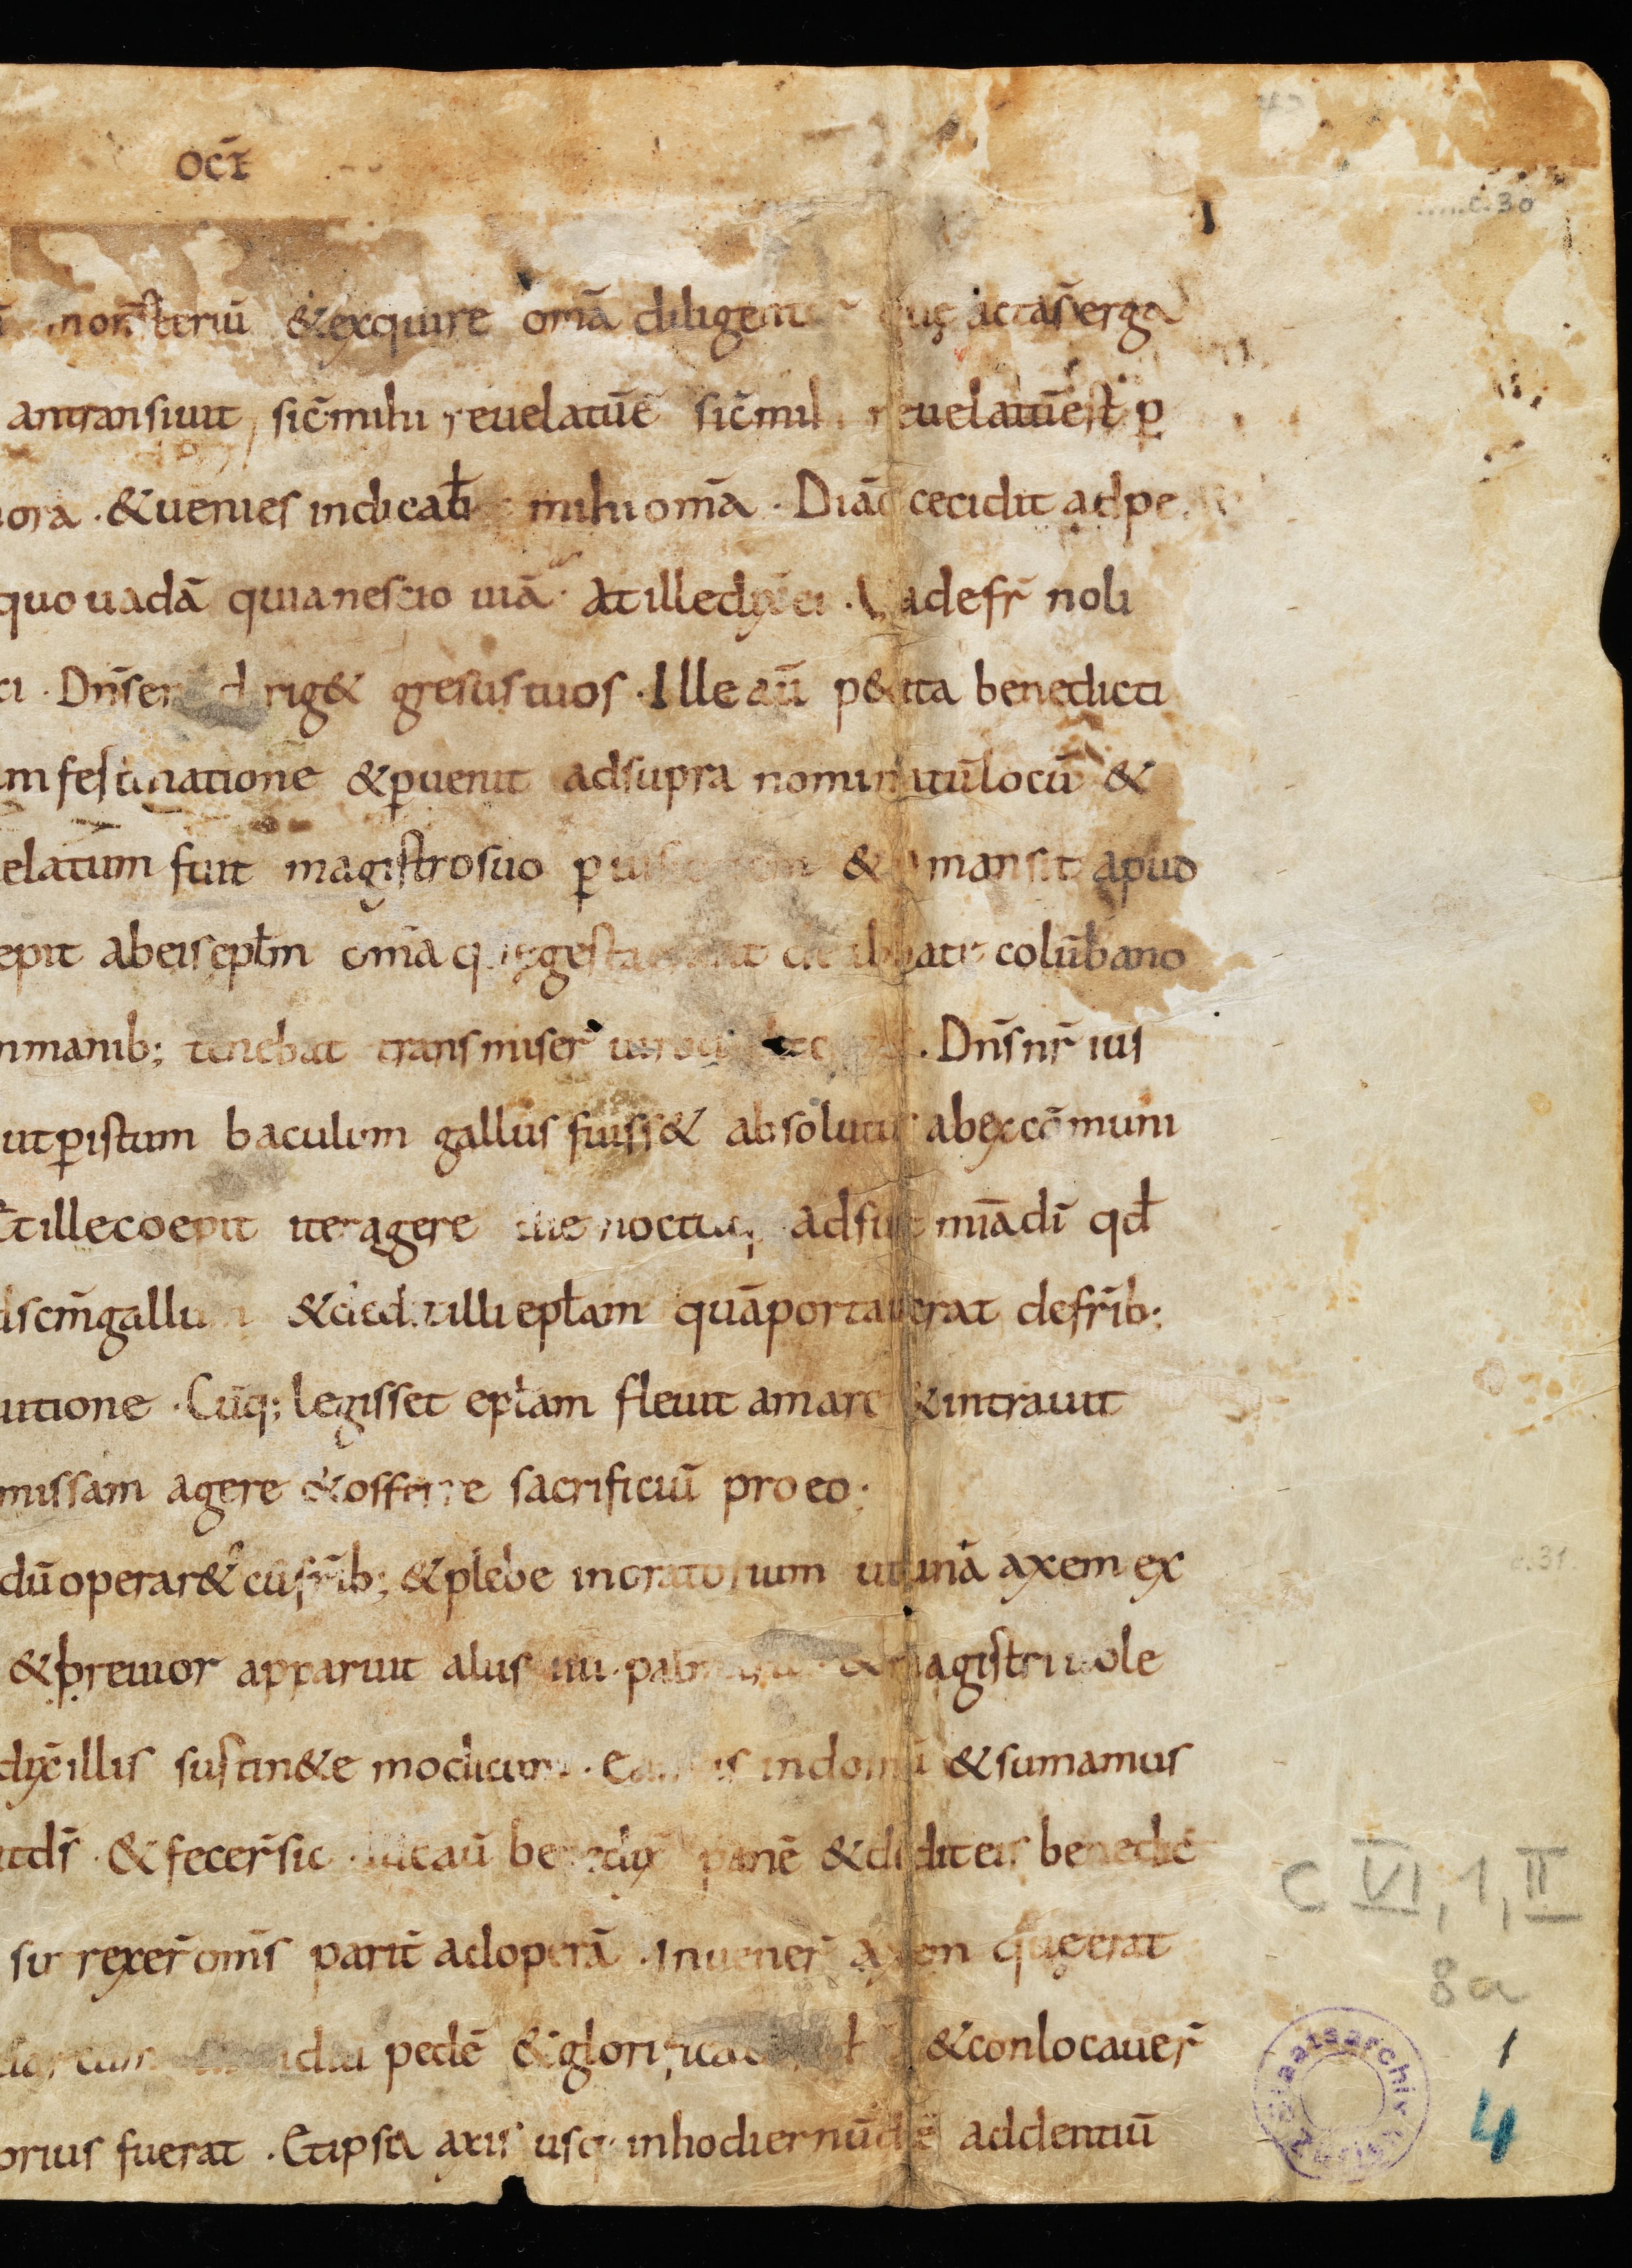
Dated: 800–849